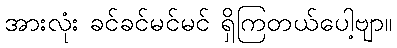
အားလုံး ခင်ခင်မင်မင် ရှိကြတယ်ပေါ့ဗျာ။